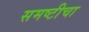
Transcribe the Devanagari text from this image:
समष्टीचा